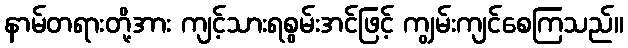
နာမ်တရားတို့အား ကျင့်သားရစွမ်းအင်ဖြင့် ကျွမ်းကျင်စေကြသည်။